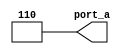
module OPR_NR_TRNB (port_a);
   output [2:0] port_a;
   wire[2:0] port_a;
   assign port_a = 4'b0011 + 4'b0011;
endmodule